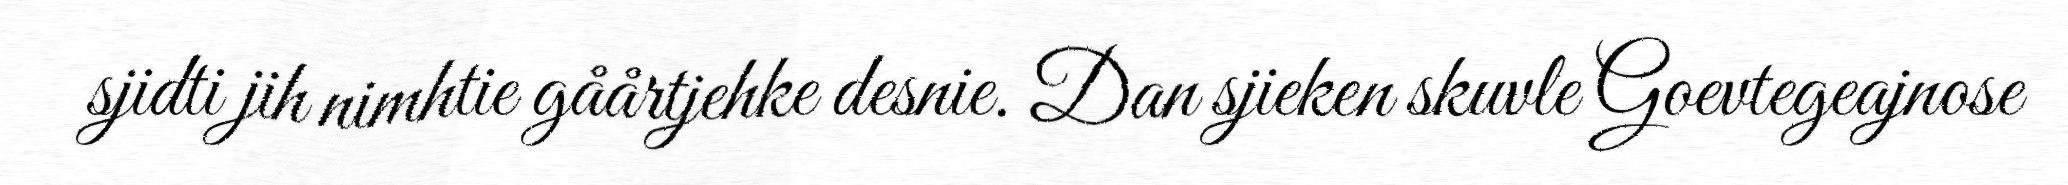
sjidti jih nimhtie gåårtjehke desnie. Dan sjieken skuvle Goevtegeajnose